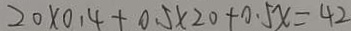
2 0 \times 0 . 4 + 0 . 5 \times 2 0 + 0 . 5 x = 4 2